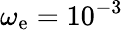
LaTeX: \omega_{\mathrm{e}}=10^{-3}